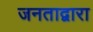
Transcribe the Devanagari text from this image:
जनताद्वारा